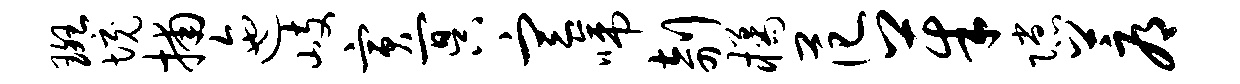
斑境捕迤岐寅冥宣啼剞橘范茱隙蓐